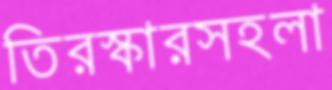
তিরস্কারসহলা